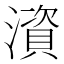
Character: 澬